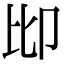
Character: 𠨒